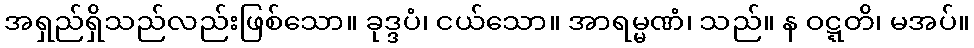
အရှည်ရှိသည်လည်းဖြစ်သော။ ခုဒ္ဒပံ၊ ငယ်သော။ အာရမ္မဏံ၊ သည်။ န ဝဋ္ဋတိ၊ မအပ်။